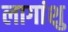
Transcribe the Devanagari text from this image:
लागांशु